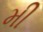
મી